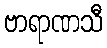
ဗာရာဏသီ